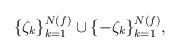
\begin{align*}\{\zeta_{k}\}_{k=1}^{N(f)}\cup\{-\zeta_{k}\}_{k=1}^{N(f)},\end{align*}